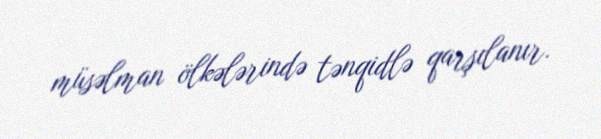
müsəlman ölkələrində tənqidlə qarşılanır.